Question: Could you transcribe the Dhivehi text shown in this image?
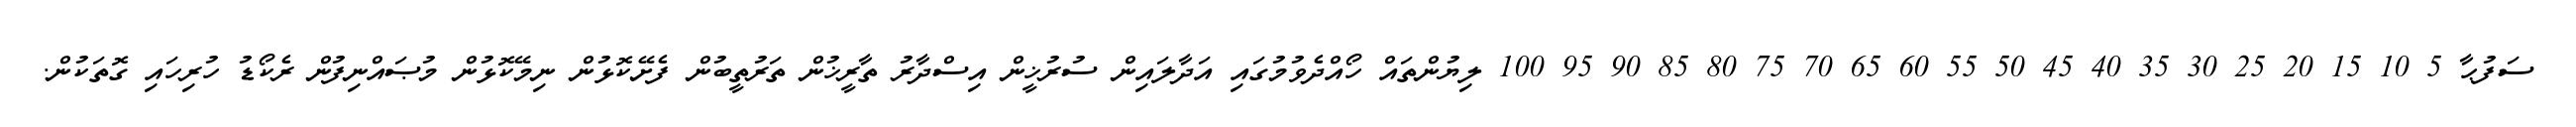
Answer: ސަފުޙާ 5 10 15 20 25 30 35 40 45 50 55 60 65 70 75 80 85 90 95 100 ލިޔުންތައް ހޯއްދެވުމުގައި އަދާލައިން ސުރުޚީން އިސްދާރު ތާރީޚުން ތަރުތީބުން ފެށޭކޮޅުން ނިމޭކޮޅުން މުޞައްނިފުން ރެކޯޑު ހުރިހައި ގޮތަކުން.